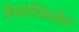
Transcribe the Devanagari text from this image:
वैचारिकतेत